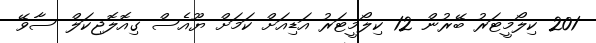
201 ކިލޯމީޓަރު ބޭރުން 12 ކިލޯމީޓަރު އަޑިއަށް ކަމަށް ޔޫއެސް ގިއޮލޮޖިކަލް ސާވޭ